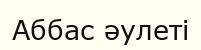
Аббас әулеті